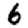
Digit: 6